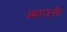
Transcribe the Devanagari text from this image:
फ्राउले